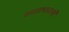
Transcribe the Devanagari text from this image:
समताभावाची